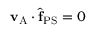
\mathbf { v } _ { \mathrm { A } } \cdot \hat { \mathbf { f } } _ { \mathrm { P S } } = 0